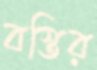
বস্তির